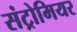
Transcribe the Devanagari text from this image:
संट्रोमियर